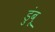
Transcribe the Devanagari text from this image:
डुंबू